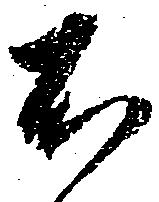
不